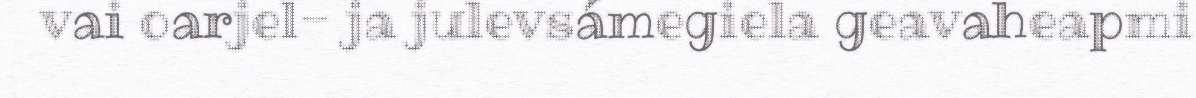
vai oarjel- ja julevsámegiela geavaheapmi